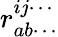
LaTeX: r_{ab\cdots}^{ij\cdots}